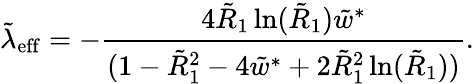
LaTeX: \tilde{\lambda}_{\mathrm{eff}}=-\frac{4\tilde{R}_{1}\ln(\tilde{R}_{1})\tilde{w}^{*}}{(1-\tilde{R}_{1}^{2}-4\tilde{w}^{*}+2\tilde{R}_{1}^{2}\ln(\tilde{R}_{1}))}.